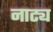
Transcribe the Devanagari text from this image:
नाट्य